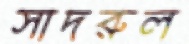
সাদরুল